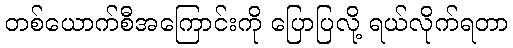
တစ်ယောက်စီအကြောင်းကို ပြောပြလို့ ရယ်လိုက်ရတာ